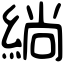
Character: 緔